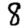
Digit: 8